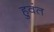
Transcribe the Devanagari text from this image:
हुवंत